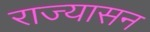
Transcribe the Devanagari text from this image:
राज्यासन